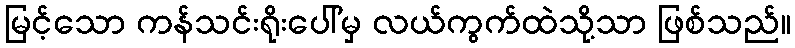
မြင့်သော ကန်သင်းရိုးပေါ်မှ လယ်ကွက်ထဲသို့သာ ဖြစ်သည်။